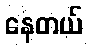
နေတယ်